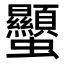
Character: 𧖙